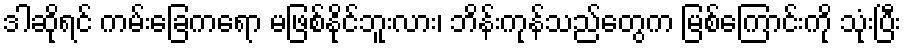
ဒါဆိုရင် ကမ်းခြေကရော မဖြစ်နိုင်ဘူးလား၊ ဘိန်းကုန်သည်တွေက မြစ်ကြောင်းကို သုံးပြီး